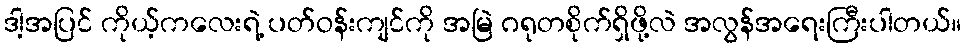
ဒါ့အပြင် ကိုယ့်ကလေးရဲ့ ပတ်ဝန်းကျင်ကို အမြဲ ဂရုတစိုက်ရှိဖို့လဲ အလွန်အရေးကြီးပါတယ်။